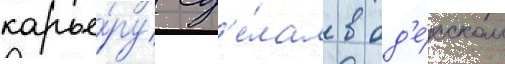
карье́ру сд'е́лал в од'е́сском